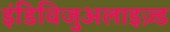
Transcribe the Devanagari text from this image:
इंडिविजुअलाइज़्ड